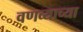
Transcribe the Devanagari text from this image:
वणव्याच्या